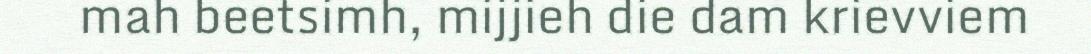
mah beetsimh, mijjieh die dam krievviem